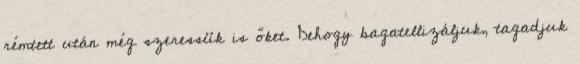
rémtett után még szeressük is őket. Dehogy bagatellizáljuk, tagadjuk